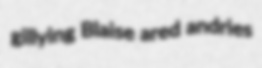
gillying Blaise ared andries